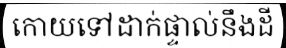
កោយទៅដាក់ផ្ទាល់នឹងដី